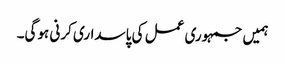
ہمیں جمہوری عمل کی پاسداری کرنی ہوگی۔